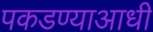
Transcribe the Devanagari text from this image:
पकडण्याआधी